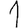
Digit: 1